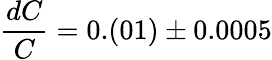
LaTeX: \frac{dC}{C}=0.(01)\pm 0.0005